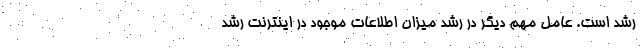
رشد است. عامل مهم دیگر در رشد میزان اطلاعات موجود در اینترنت رشد